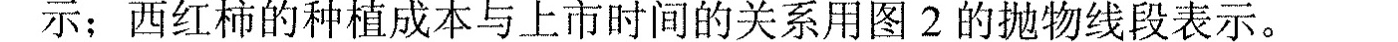
示；西红柿的种植成本与上市时间的关系用图2的抛物线段表示。